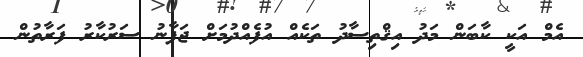
އެމް އަކީ ކާބަން މަދު އިޤްތިސާދު ތަކެއް އުފެއްދުމަށް ޖަޕާނު ސަރުކާރު ފަރާތުން